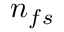
\boldsymbol { n } _ { f s }